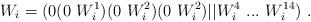
LaTeX: \begin{align*}W_i=(0 (0~W^1_i) (0~W^2_i) (0~W^2_i) \vert\vert W^4_i ~...~W^{14}_i )~.\end{align*}